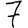
Digit: 7